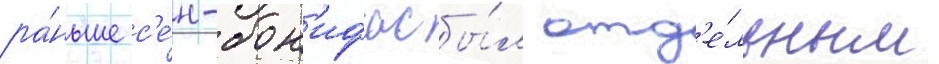
ра́ньше с'е́н-бон'ифас бы́л отд'е́льным